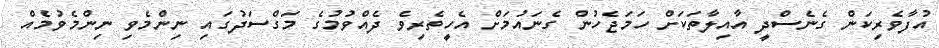
އުފާވެރިކަން ގެނެސްދީ އާއިލާތަކަށް ހަމަޖެހުން ގެނައުމަށް އެހީތެރިވެ ދެއްވުމުގެ މަގްސަދުގައި ނިންމެވި ނިންމެވުމެއް